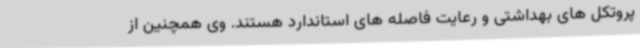
پروتکل های بهداشتی و رعایت فاصله های استاندارد هستند. وی همچنین از